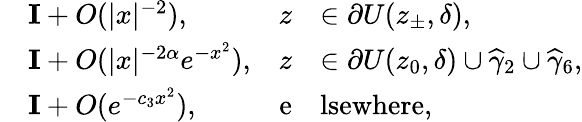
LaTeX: \begin{array}{rlrl}&{\mathbf{I}+O(|x|^{-2}),}&{z}&{\in\partial U(z_{\pm},\delta),}\\ &{\mathbf{I}+O(|x|^{-2\alpha}e^{-x^{2}}),}&{z}&{\in\partial U(z_{0},\delta)\cup\widehat{\gamma}_{2}\cup\widehat{\gamma}_{6},}\\ &{\mathbf{I}+O(e^{-c_{3}x^{2}}),}&{\mathrm{e}}&{\mathrm{lsewhere},}\end{array}